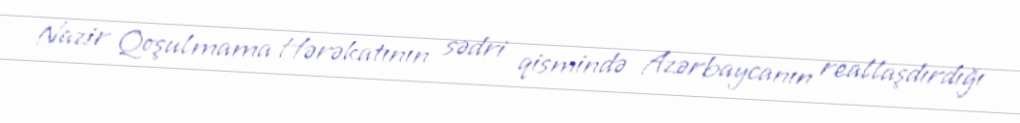
Nazir Qoşulmama Hərəkatının sədri qismində Azərbaycanın reallaşdırdığı